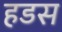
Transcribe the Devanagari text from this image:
हडस